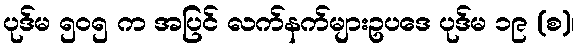
ပုဒ်မ ၅၀၅ က အပြင် လက်နက်များဥပဒေ ပုဒ်မ ၁၉ (စ)၊